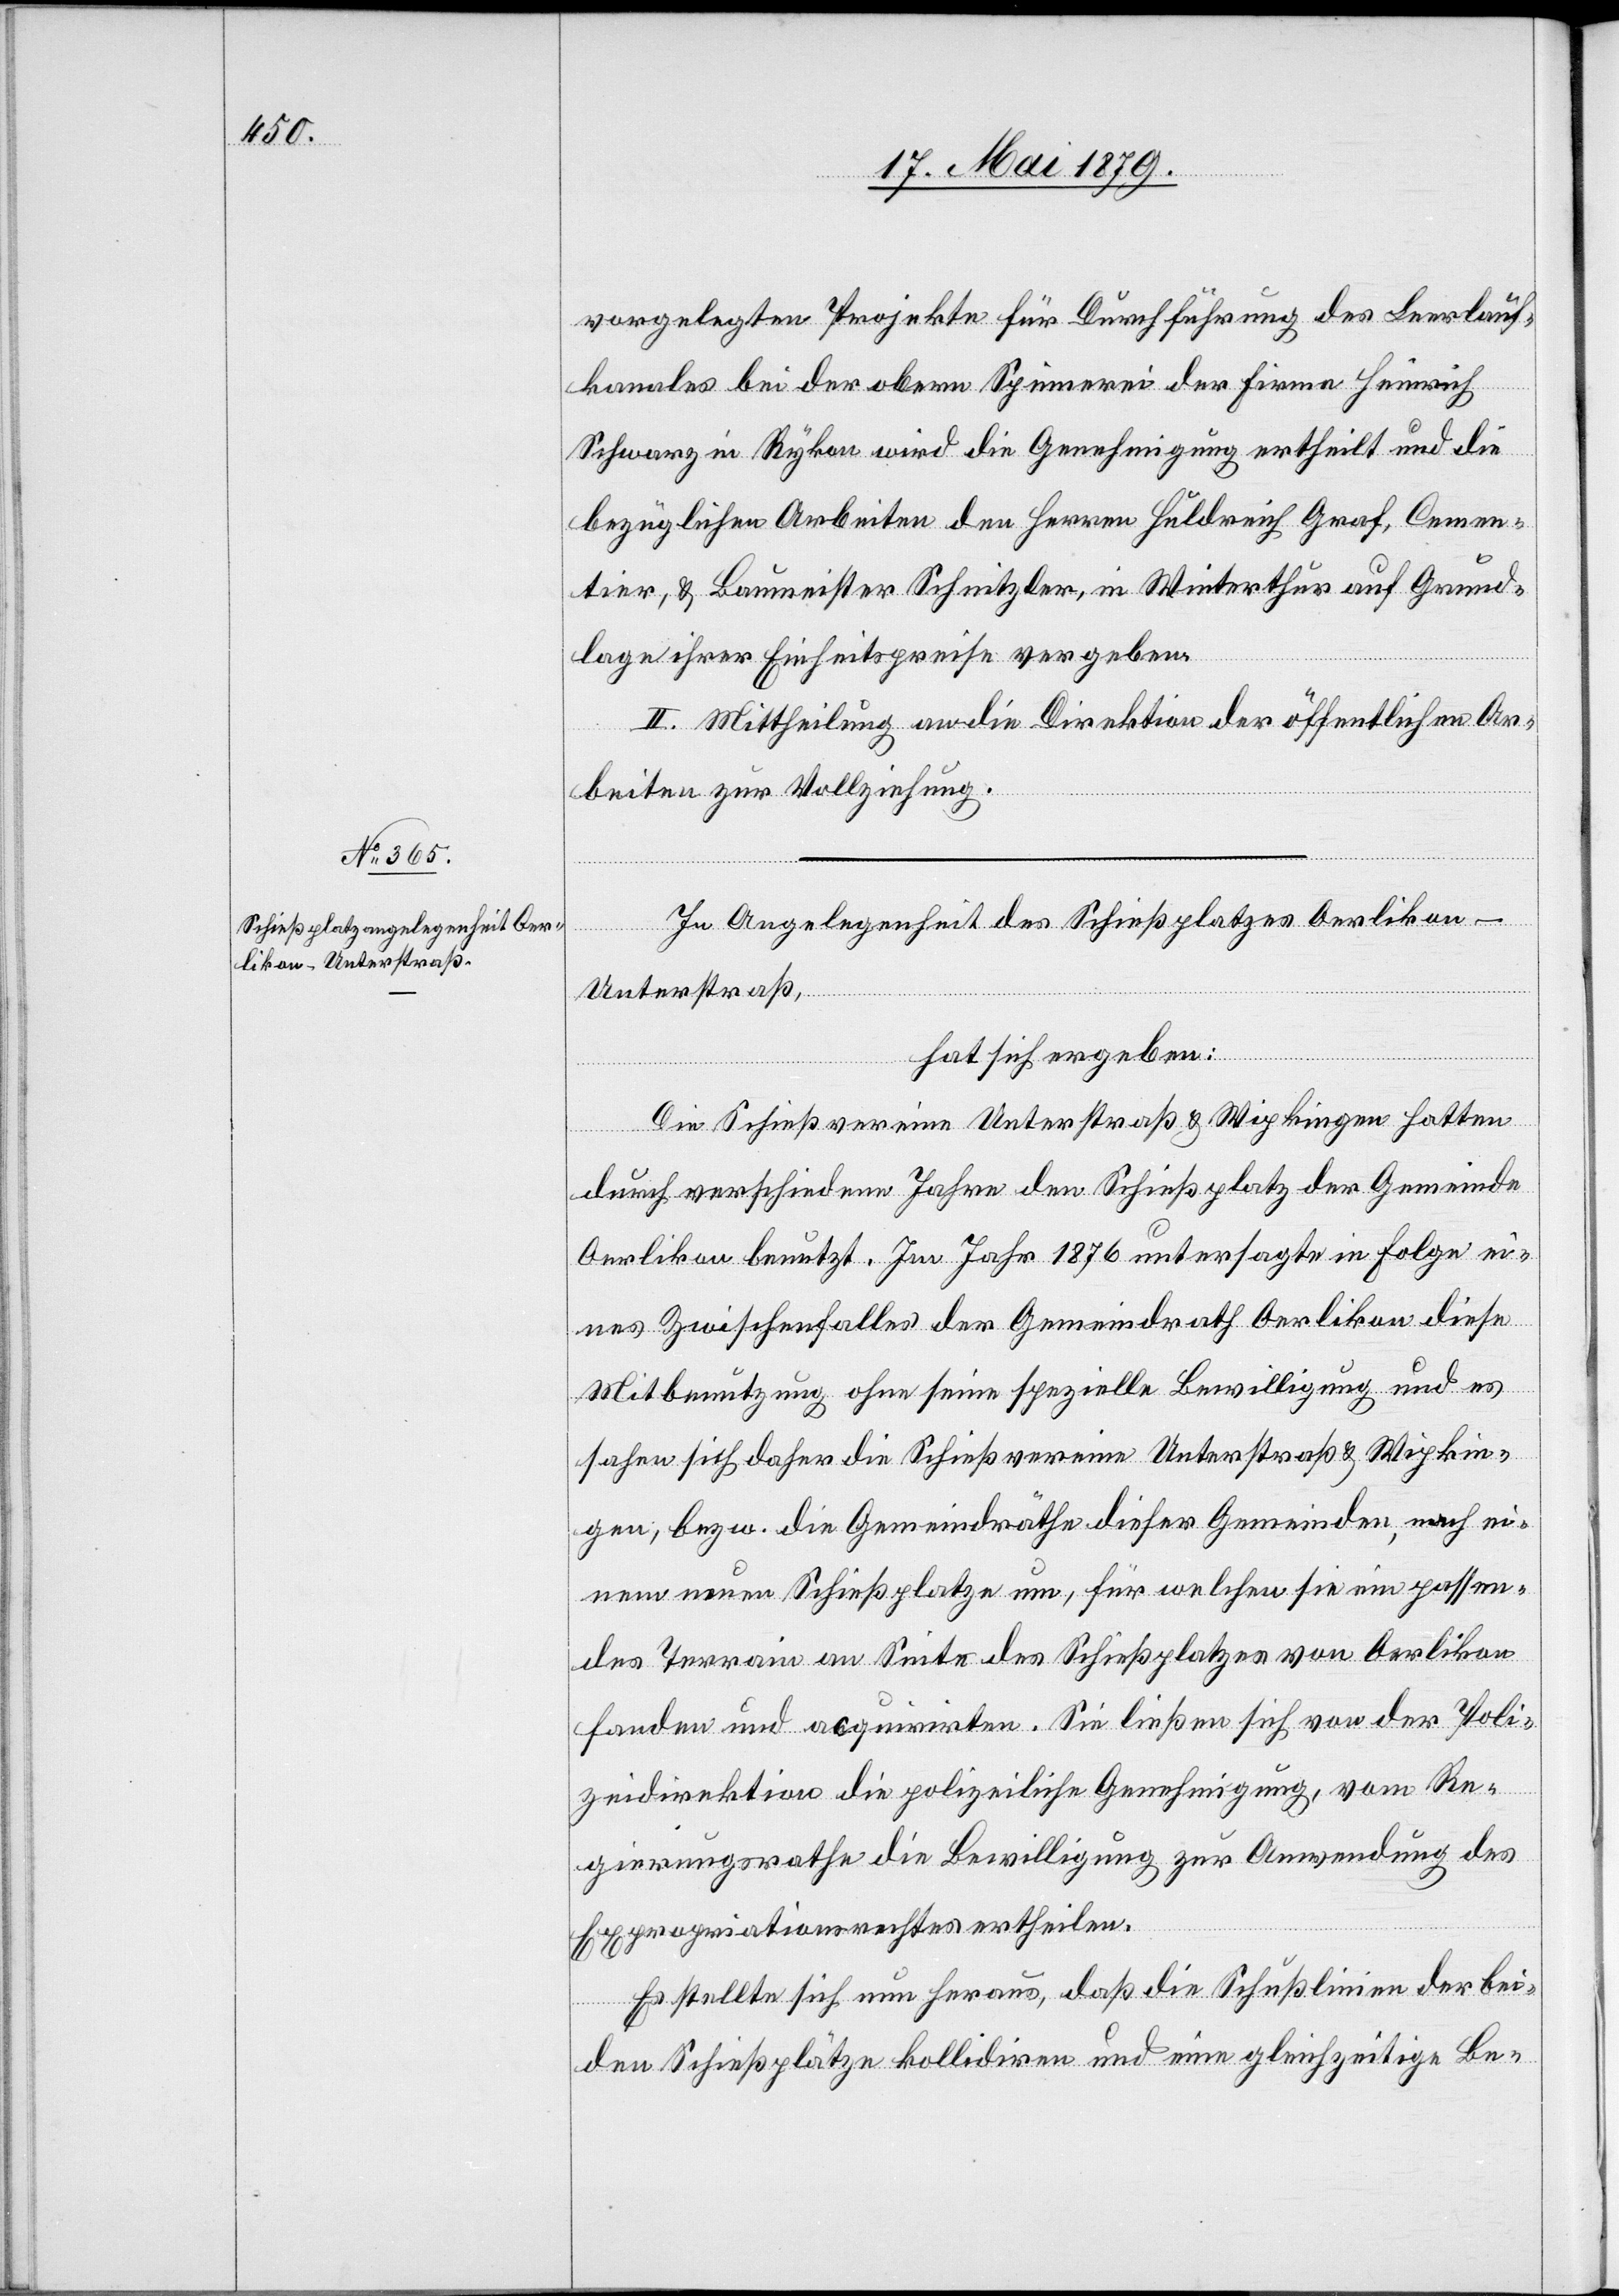
vorgelegten Projekte für Durchführung des Leerlauf¬
kanales bei der obern Spinnerei der Firma Heinrich
Schwarz in Rykon wird die Genehmigung ertheilt und die
bezüglichen Arbeiten den Herren Huldrich Graf, Cemen¬
tier, & Baumeister Schnitzler, in Winterthur auf Grund¬
lage ihrer Einheitspreise vergeben.
II. Mittheilung an die Direktion der öffentlichen Ar¬
beiten zur Vollziehung.
In Angelegenheit des Schießplatzes Oerlikon-U¬
nterstraß,
hat sich ergeben:
Die Schießvereine Unterstraß & Wipkingen hatten
durch verschiedene Jahre den Schießplatz der Gemeinde
Oerlikon benutzt. Im Jahr 1876 untersagte in Folge ei¬
nes Zwischenfalles der Gemeindrath Oerlikon diese
Mitbenutzung ohne seine spezielle Bewilligung und es
sahen sich daher die Schießvereine Unterstraß & Wipkin¬
gen, bezw. die Gemeindräthe dieser Gemeinden, nach ei¬
nem neuen Schießplatze um, für welchen sie ein passen¬
des Terrain an Seite des Schießplatzes von Oerlikon
fanden und acquirirten. Sie ließen sich von der Poli¬
zeidirektion die polizeiliche Genehmigung, vom Re¬
gierungsrathe die Bewilligung zur Anwendung des
Expropriationsrechtes ertheilen.
Es stellte sich nun heraus, daß die Schußlinien der bei¬
den Schießplätze kollidiren und eine gleichzeitige Be-